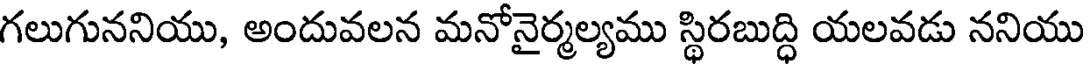
గలుగుననియు, అందువలన మనోనైర్మల్యము స్థిరబుద్ధి యలవడు ననియు